Report of an investigation into the causes of the diseases known in Assam as Kála-Azár and Beri-Beri
Disease focus: Beri-Beri
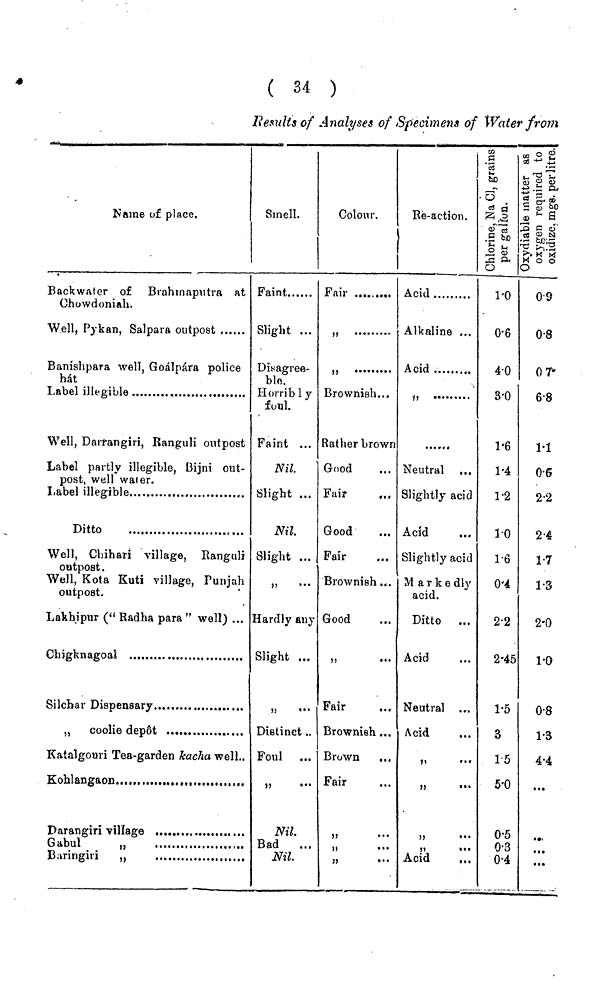
( 34 )
Results of Analyses of Specimens of Water from
Name of place.
Backwater of Brahmaputra at
Chowdoniah.
Well, Pykan, Salpara outpost
Banishpara well, Goálpára police
hát
Label illegible
Well, Darrangiri, Ranguli outpost
Label partly illegible, Bijni out-
post, well water.
Ditto
Well, Chihari village, Ranguli
outpost.
Well, Kota Kuti village, Punjab
outpost.
Lakhipur (" Radha para " well) ...
Chigknagoal
„ coolie depot
.
Katalgouri Tea-garden kacha well..
Smell.
Faint.
Slight ...
Disagree-
ble.
Horribly
foul.
Faint ...
Nil.
Slight ...
Nil.
Slight ...
„ .......
Hardly any
Slight ...
„ .......
Distinct ..
Foul ...
Nil.
Bad
...
Nil.
Colour.
Fair
Brownish...
Rather brown
Good ...
Fair ...
Good ...
Fair ...
Brownish ...
Good ...
„
.......
Fair
Brownish ...
Brown
...
Fair
Re-action.
Acid
Alkaline ...
Acid
u
Neutral ...
Slightly acid
Acid
Slightly acid
Markedly
acid.
Ditto ...
Acid ...
Neutral ...
Acid ...
„ .......
„ .......
Acid
...
1·0
0·6
4·0
3'0
1·6
1·4
1·2
1·0
1·6
0·4
2·2
2·45
1·5
3
1·5
5·0
0·5
0·3
0·4
0·9
0·8
07
6·8
1·1
0·6
2·2
2·4
1·7
1·3
2·0
1·0
0·8
1·3
4·4
...
...